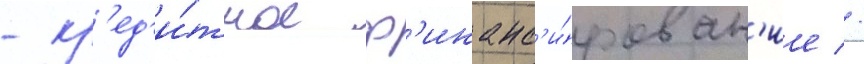
- кр'ед'и́тное ф'инанс'и́рован'ие //